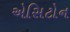
એસિટોન